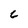
Character: C